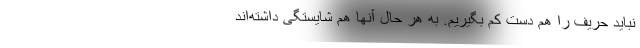
نباید حریف را هم دست کم بگیریم. به هر حال آنها هم شایستگی داشته‌اند